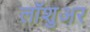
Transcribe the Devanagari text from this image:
लॉशुअर